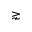
\gnsim